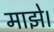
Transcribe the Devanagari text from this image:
माझे।